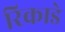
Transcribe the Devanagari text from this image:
रिकाडे